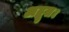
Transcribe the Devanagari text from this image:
अद्भुत।